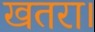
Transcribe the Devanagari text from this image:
खतरा।